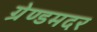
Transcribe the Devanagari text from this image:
ग्रेण्डमदर